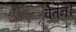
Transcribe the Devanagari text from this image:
वेतन।